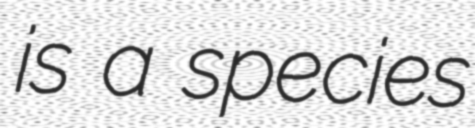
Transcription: is a species